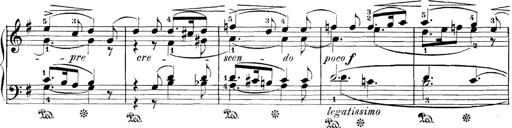
Title: 3 Sonatinas
Composer: Carl Reinecke